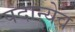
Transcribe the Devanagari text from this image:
पदान्येव